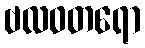
ဗလဝတရော